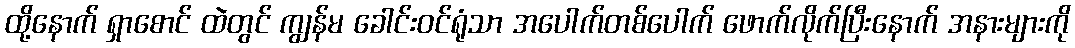
ထို့နောက် ရှာစောင် ထဲတွင် ကျွန်မ ခေါင်းဝင်ရုံသာ အပေါက်တစ်ပေါက် ဖောက်လိုက်ပြီးနောက် အနားများကို